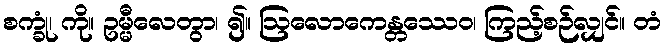
စက္ခုံ၊ ကို။ ဥမ္မီလေတွာ၊ ၍။ ဩလောကေန္တဿေဝ၊ ကြည့်စဉ်လျှင်။ တံ